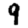
Digit: 9